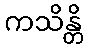
ကသိန္တိ